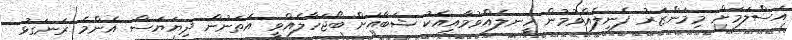
އަސްލަމަށް މިމަންޒަރު ފެނިލެއްވުމުން ހީނލެއްވުމާއިއެކު ޝަބާއަށް ބޯޖަހާލެއްވީ އެތަނުން ދިޔަޔަސް އެންމެ ރަނގަޅު